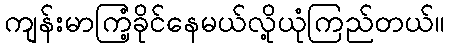
ကျန်းမာကြံ့ခိုင်နေမယ်လို့ယုံကြည်တယ်။